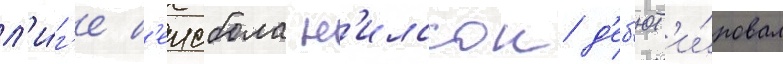
л'и́г'е б'еисбола н'илссон д'еб'ют'и́ровал